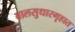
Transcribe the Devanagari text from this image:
बालसुधारगृहात